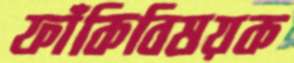
ফাঁকিবিষয়ক